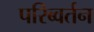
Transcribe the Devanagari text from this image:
परिब्वर्तन